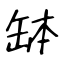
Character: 缽